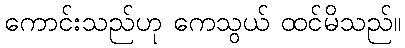
ကောင်းသည်ဟု ကေသွယ် ထင်မိသည်။